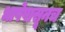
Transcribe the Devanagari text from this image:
भाषेपासूनच